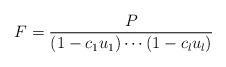
LaTeX: \begin{align*} F = \frac{P}{(1-c_1u_1)\cdots (1-c_lu_l)} \end{align*}